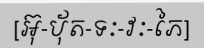
[អ៊ុ-ប៉័ត-ទៈ-វៈ-ភៃ]